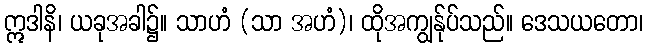
ဣဒါနိ၊ ယခုအခါ၌။ သာဟံ (သာ အဟံ)၊ ထိုအကျွန်ုပ်သည်။ ဒေသယတော၊